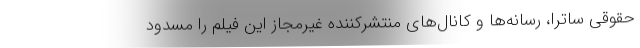
حقوقی ساترا، رسانه‌ها و کانال‌های منتشرکننده غیرمجاز این فیلم را مسدود